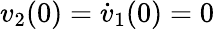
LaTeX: v_{2}(0)=\dot{v}_{1}(0)=0